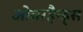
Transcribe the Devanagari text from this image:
ओवरहैन्ड्स